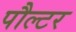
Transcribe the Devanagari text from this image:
पौल्टर